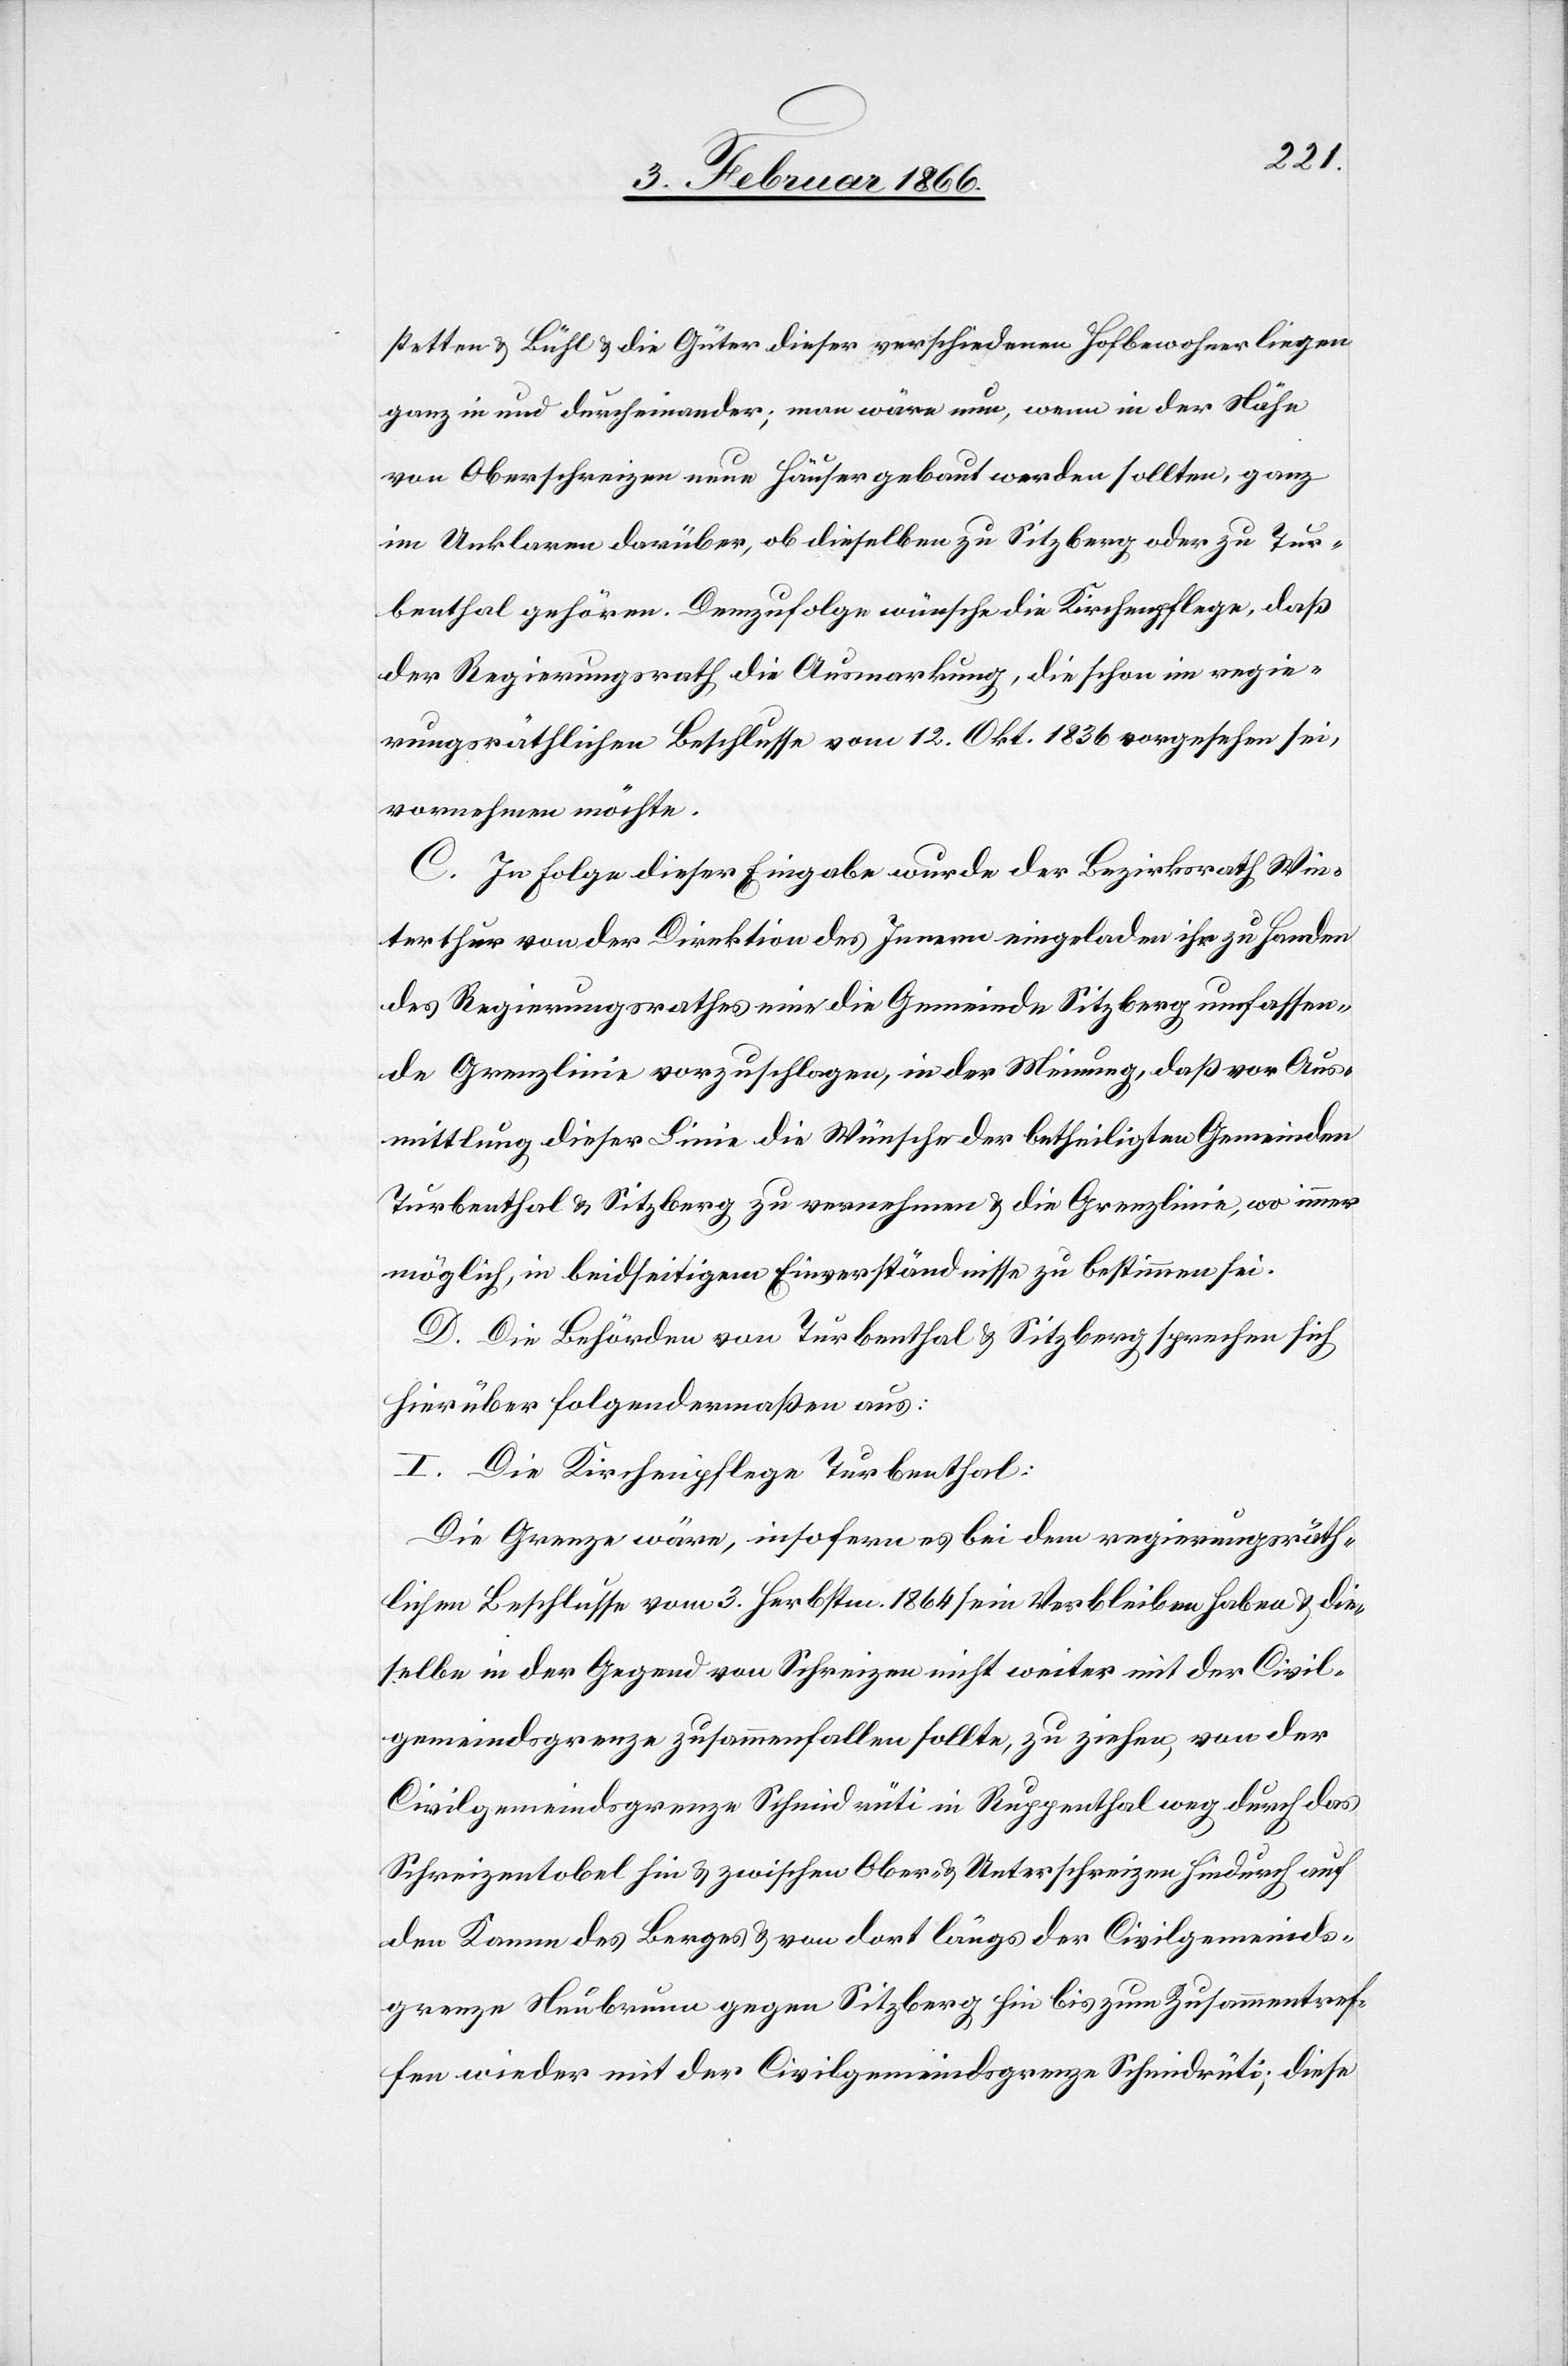
stetten u. Bühl u. die Güter dieser verschiedenen Hofbewohner liegen
ganz in und durcheinander; man wäre nun, wenn in der Höhe
von Oberschreizen neue Häuser gebaut werden sollten, ganz
im Unklaren darüber, ob dieselben zu Sitzberg oder zu Tur¬
benthal gehören. Demzufolge wünsche die Kirchenpflege, daß
der Regierungsrath die Ausmarkung, die schon im regie¬
rungsräthlichen Beschlusse vom 12. Okt. 1836 vorgesehen sei,
vornehmen möchte.
C. In Folge dieser Eingabe wurde der Bezirksrath Win¬
terthur von der Direktion des Innern eingeladen ihr zu Handen
des Regierungsrathes eine die Gemeinde Sitzberg umfassen¬
de Grenzlinie vorzuschlagen, in der Meinung, daß vor Aus¬
mittlung dieser Linie die Wünsche der betheiligten Gemeinden
Turbenthal u. Sitzberg zu vernehmen u. die Grenzlinie, wo immer
möglich, in beidseitigem Einverständnisse zu bestimmen sei.
D. Die Behörden von Turbenthal u. Sitzberg sprechen sich
hierüber folgendermaßen aus:
I. Die Kirchenpflege Turbenthal:
Die Grenze wäre, insofern es bei dem regierungsräth¬
lichen Beschlusse vom 3. Herbstm. 1864 sein Verbleiben haben u. die¬
selbe in der Gegend von Schreizen nicht weiter mit der Civil¬
gemeindsgrenze zusammenfallen sollte, zu ziehen, von der
Civilgemeindsgrenze Schmidrüti in Ruppenthal weg durch das
Schreizentobel hin u. zwischen Ober- u. Unterschreizen hindurch auf
den Kamm des Berges u. von dort längs der Civilgemeinds¬
grenze Neubrunn gegen Sitzberg hin bis zum Zusammentref¬
fen wieder mit der Civilgemeindsgrenze Schmidrüti; diese